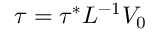
{ \tau = \tau ^ { * } L ^ { - 1 } V _ { 0 } }